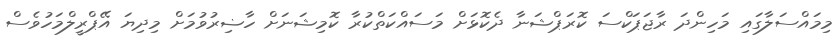
މިމައްސަލާގައި މަހިންދަ ރާޖަޕަކްސަ ކޮރަޕްޝަނާ ދެކޮޅަށް މަސައްކަތްކުރާ ކޮމިޝަނަށް ހާޟިރުވުމަށް މިދިޔަ އޭޕްރީލްމަހުވެސް